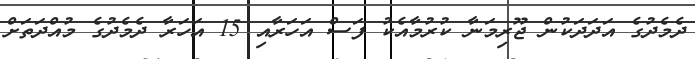
ދެމެދުގެ އަދަދަކުން ޖޫރިމަނާ ކުރުމާއެކު ފަސް އަހަރާއި 15 އަހަރާ ދެމެދުގެ މުއްދަތަށް